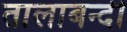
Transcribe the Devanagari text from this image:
तालाबन्दी